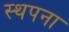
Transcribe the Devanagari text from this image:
स्‍थपना